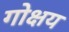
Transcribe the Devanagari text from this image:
गोक्षय